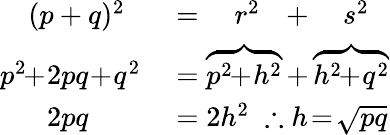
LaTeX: \begin{array}{rl}{(p+q)^{2}\; \; }&{{}=\quad r^{2}\; \; \, +\quad s^{2}}\\ {p^{2}\! \! +\! 2pq\! +\! q^{2}}&{{}=\overbrace{p^{2}\! \! +\! h^{2}}+\overbrace{h^{2}\! \! +\! q^{2}}}\\ {2pq\quad\; \; \; }&{{}=2h^{2}\; \therefore h\! =\! {\sqrt{pq}}}\end{array}